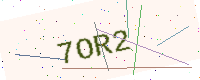
Text: 7OR2